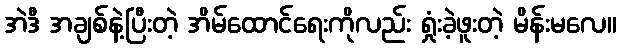
အဲဒီ အချစ်နဲ့ပြီးတဲ့ အိမ်ထောင်ရေးကိုလည်း ရှုံးခဲ့ဖူးတဲ့ မိန်းမလေ။